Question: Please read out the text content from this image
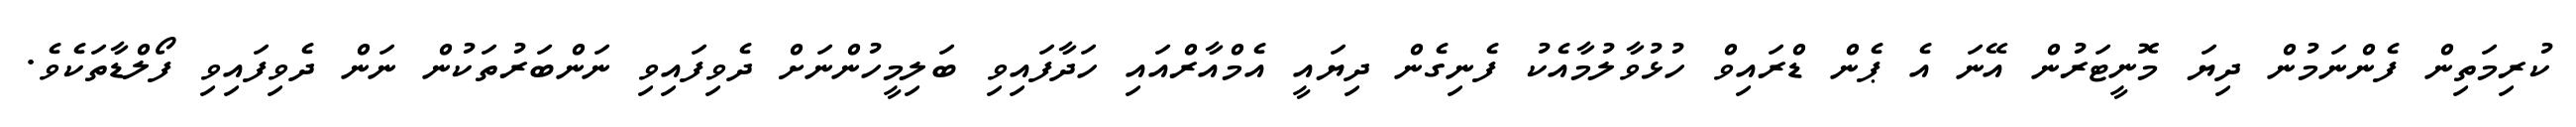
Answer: ކުރިމަތިން ފެންނަމުން ދިޔަ މޮނީޓަރުން އޭނަ އެ ޕެން ޑްރައިވް ހުޅުވާލުމާއެކު ފެނިގެން ދިޔައީ އެމްއާރްއައި ހަދާފައިވި ބަލިމީހުންނަށް ދެވިފައިވި ނަންބަރުތަކުން ނަން ދެވިފައިވި ފޯލްޑާތަކެވެ.